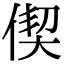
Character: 偰